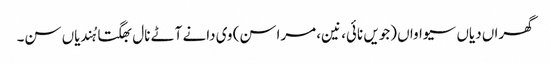
گھراں دیاں سیواواں (جویں نائی، نین، مراسن) وی دانے آٹے نال بھگتا ہُندیاں سن۔